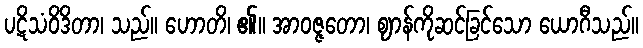
ပဋိသံဝိဒိတာ၊ သည်။ ဟောတိ၊ ၏။ အာဝဇ္ဇတော၊ ဈာန်ကိုဆင်ခြင်သော ယောဂီသည်။